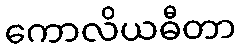
ကောလိယဓီတာ